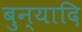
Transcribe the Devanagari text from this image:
बुन्यादि